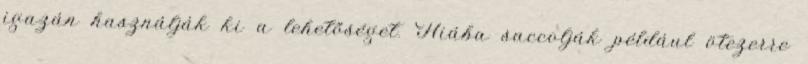
igazán használják ki a lehetőséget. Hiába saccolják például ötezerre